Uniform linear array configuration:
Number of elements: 24
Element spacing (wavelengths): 1
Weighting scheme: blackman
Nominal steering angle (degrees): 15
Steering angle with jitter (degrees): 16.888
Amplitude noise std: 0.05
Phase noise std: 0.05

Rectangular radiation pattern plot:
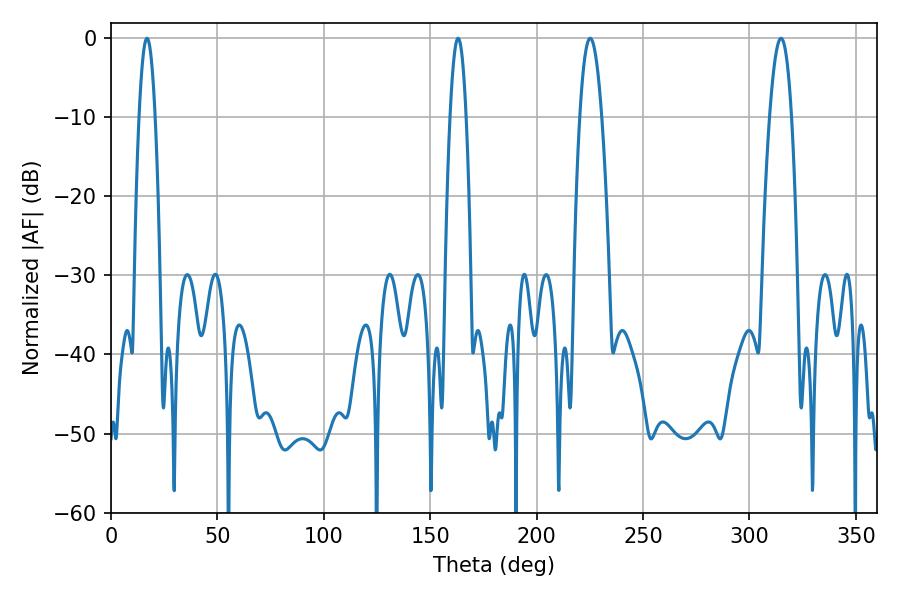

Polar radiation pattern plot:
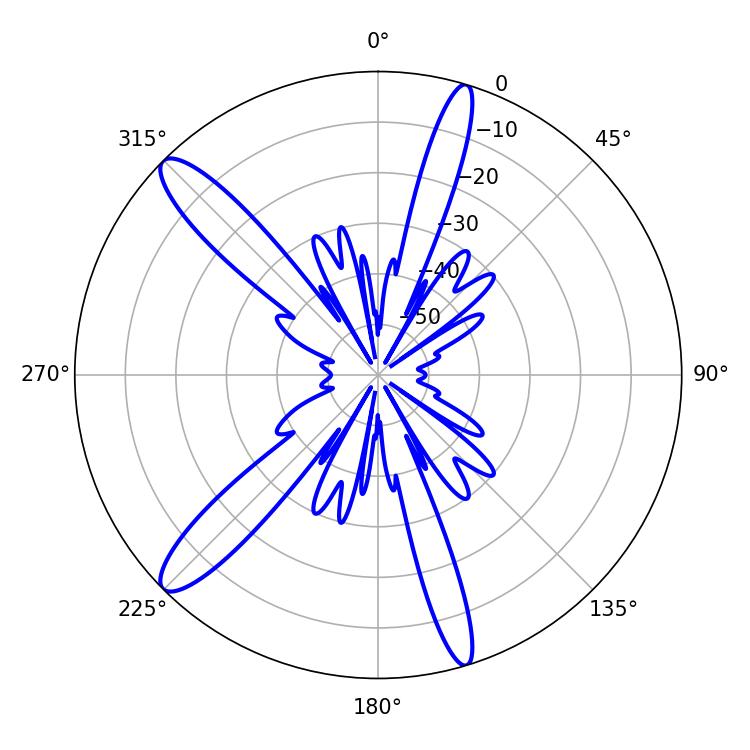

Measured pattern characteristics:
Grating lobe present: TRUE
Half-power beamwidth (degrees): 5.58
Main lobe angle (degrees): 225.18